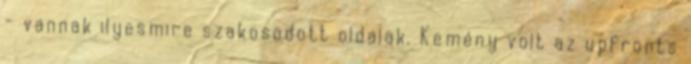
- vannak ilyesmire szakosodott oldalak. Kemény volt az upfronts